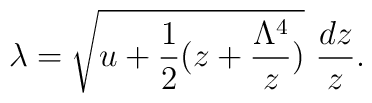
\lambda= \sqrt{u + \frac{1}{2} (z + \frac{\Lambda^4}{z} )}~ \frac{dz}{z}.